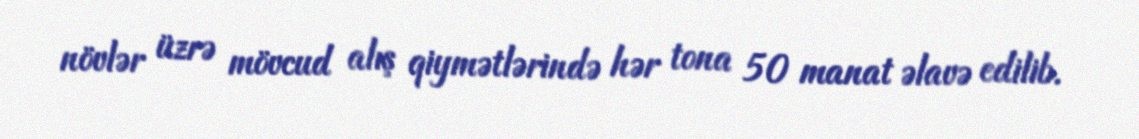
növlər üzrə mövcud alış qiymətlərində hər tona 50 manat əlavə edilib.